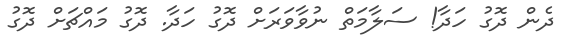
ދެން ދޮގު ހަދާ! ސަލާމަތް ނުވާވަރަށް ދޮގު ހަދާ. ދޮގު މައްޗަށް ދޮގު